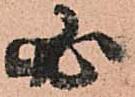
必